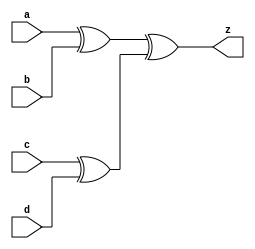
module f1_test_4(a, b, c, d, z);
input a, b, c, d;
output z;
reg z, temp1, temp2;
always @(a or b or c or d)
begin
    temp1 = a ^ b;
	temp2 = c ^ d;
	z = temp1 ^ temp2;
end	
endmodule